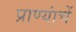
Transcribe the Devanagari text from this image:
प्राण्यांचें